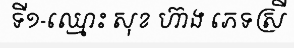
ទី១-ឈ្មោះ សុខ ហ៊ាង ភេទស្រី